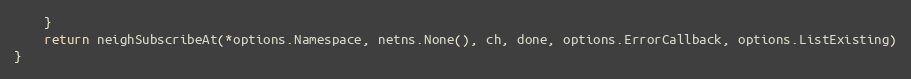
Language: Go
	}
	return neighSubscribeAt(*options.Namespace, netns.None(), ch, done, options.ErrorCallback, options.ListExisting)
}